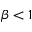
\beta < 1